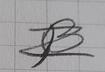
Signature authenticity: forged